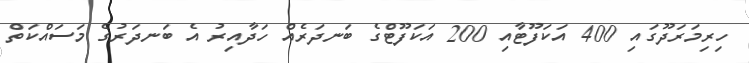
ހިރިމަރަދޫގައި 400 އަކަފޫޓާއި 200 އަކަފޫޓްގެ ބަނދަރެއް ހަދާއިރު އެ ބަނދަރުގެ މަސައްކަތް